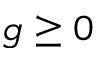
g \ge 0